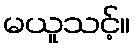
မယူသင့်။